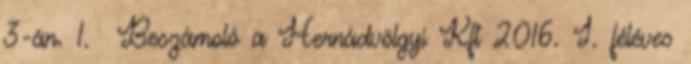
3-án. 1. Beszámoló a Hernádvölgyi Kft 2016. I. féléves